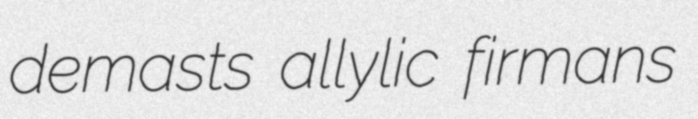
demasts allylic firmans